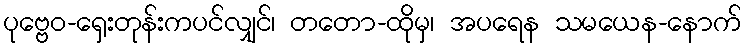
ပုဗ္ဗေဝ-ရှေးတုန်းကပင်လျှင်၊ တတော-ထိုမှ၊ အပရေန သမယေန-နောက်